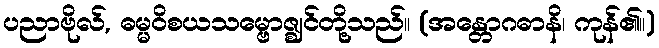
ပညာဗိုလ်, ဓမ္မဝိစယသမ္ဗောဇ္ဈင်တို့သည်။ (အန္တောဂဓာနိ၊ ကုန်၏။)